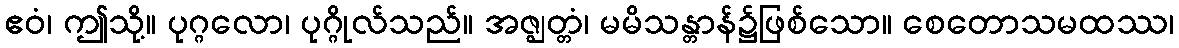
ဧဝံ၊ ဤသို့။ ပုဂ္ဂလော၊ ပုဂ္ဂိုလ်သည်။ အဇ္ဈတ္တံ၊ မမိသန္တာန်၌ဖြစ်သော။ စေတောသမထဿ၊